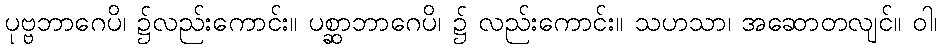
ပုဗ္ဗဘာဂေပိ၊ ၌လည်းကောင်း။ ပစ္ဆာဘာဂေပိ၊ ၌ လည်းကောင်း။ သဟသာ၊ အဆောတလျင်။ ဝါ၊